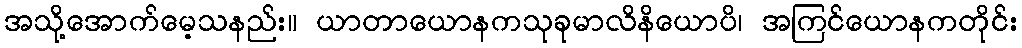
အသို့အောက်မေ့သနည်း။ ယာတာယောနကသုခုမာလိနိယောပိ၊ အကြင်ယောနကတိုင်း